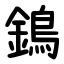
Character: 鵭